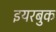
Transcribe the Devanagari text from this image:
इयरबुक